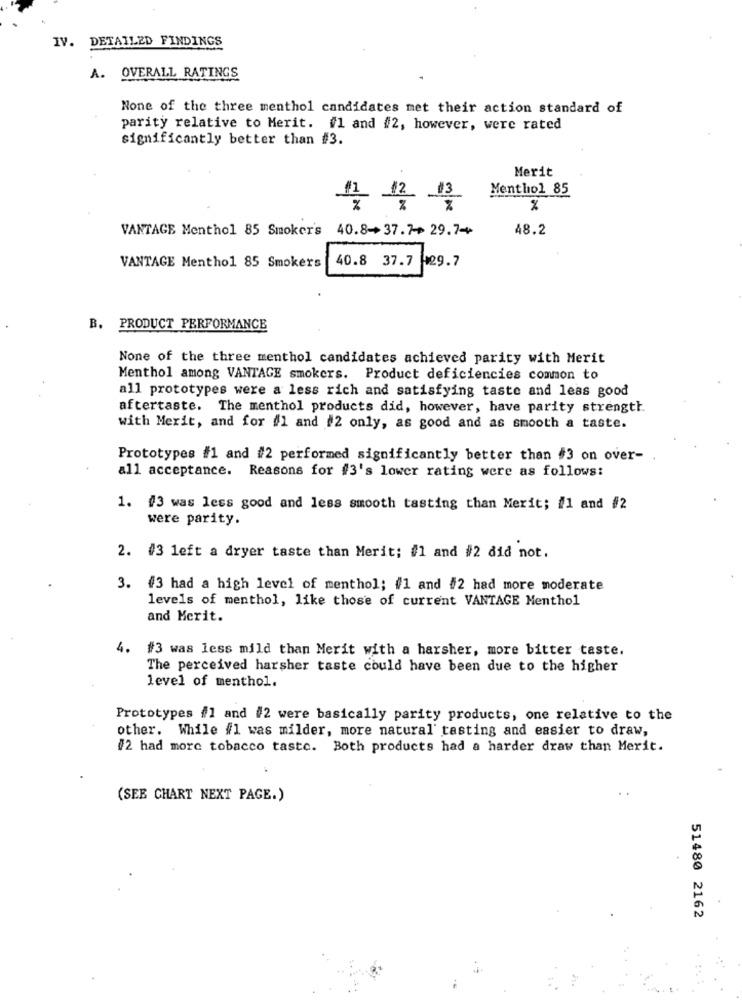
IV. DETAILED FINDINGS
A. OVERALL RATINGS
None of the three menthol candidates met their action standard of
parity relative to Merit. #1 and #2, however, were rated
significantly better than #3.
Merit
#1
$2
13
Menthol 85
%
VANTAGE Menthol 85 Smokers 40.8->37.7> 29.7-+
48.2
40.8 37.7
129.7
VANTAGE Menthol 85 Smokers
B. PRODUCT PERFORMANCE
None of the three menthol candidates achieved parity with Merit
Menthol among VANTAGE smokers. Product deficiencies common to
all prototypes were a less rich and satisfying taste and less good
aftertaste. The menthol products did, however, have parity strength.
with Merit, and for #1 and #2 only, as good and as smooth a taste.
Prototypes #1 and #2 performed significantly better than #3 on over-
all acceptance. Reasons for #3's lower rating were as follows:
1. #3 was less good and less smooth tasting than Merit; #1 and #2
were parity.
2. #3 left a dryer taste than Merit; #1 and #2 did not.
3. #3 had a high level of menthol; #1 and #2 had more moderate
levels of menthol, like those of current VANTAGE Menthol
and Merit.
4. #3 was less mild than Merit with a harsher, more bitter taste.
The perceived harsher taste could have been due to the higher
level of menthol.
Prototypes #1 and #2 were basically parity products, one relative to the
other. While #1 was milder, more natural' tasting and easier to draw,
#2 had more tobacco taste. Both products had a harder draw than Merit.
(SEE CHART NEXT PAGE.)
51480 2162